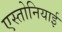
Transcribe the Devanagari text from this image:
एस्तोनियाई